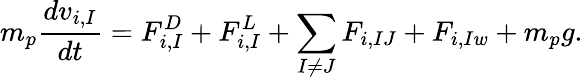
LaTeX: m_{p}\frac{dv_{i,I}}{dt}=F_{i,I}^{D}+F_{i,I}^{L}+\sum_{I\neq J}^{}F_{i,IJ}+F_{i,Iw}+m_{p}g.